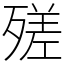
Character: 𣩈